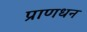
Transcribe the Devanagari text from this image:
प्राणधन